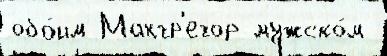
обо́им Макгр'егор мужско́м